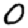
Digit: 0